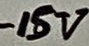
Text: -15V